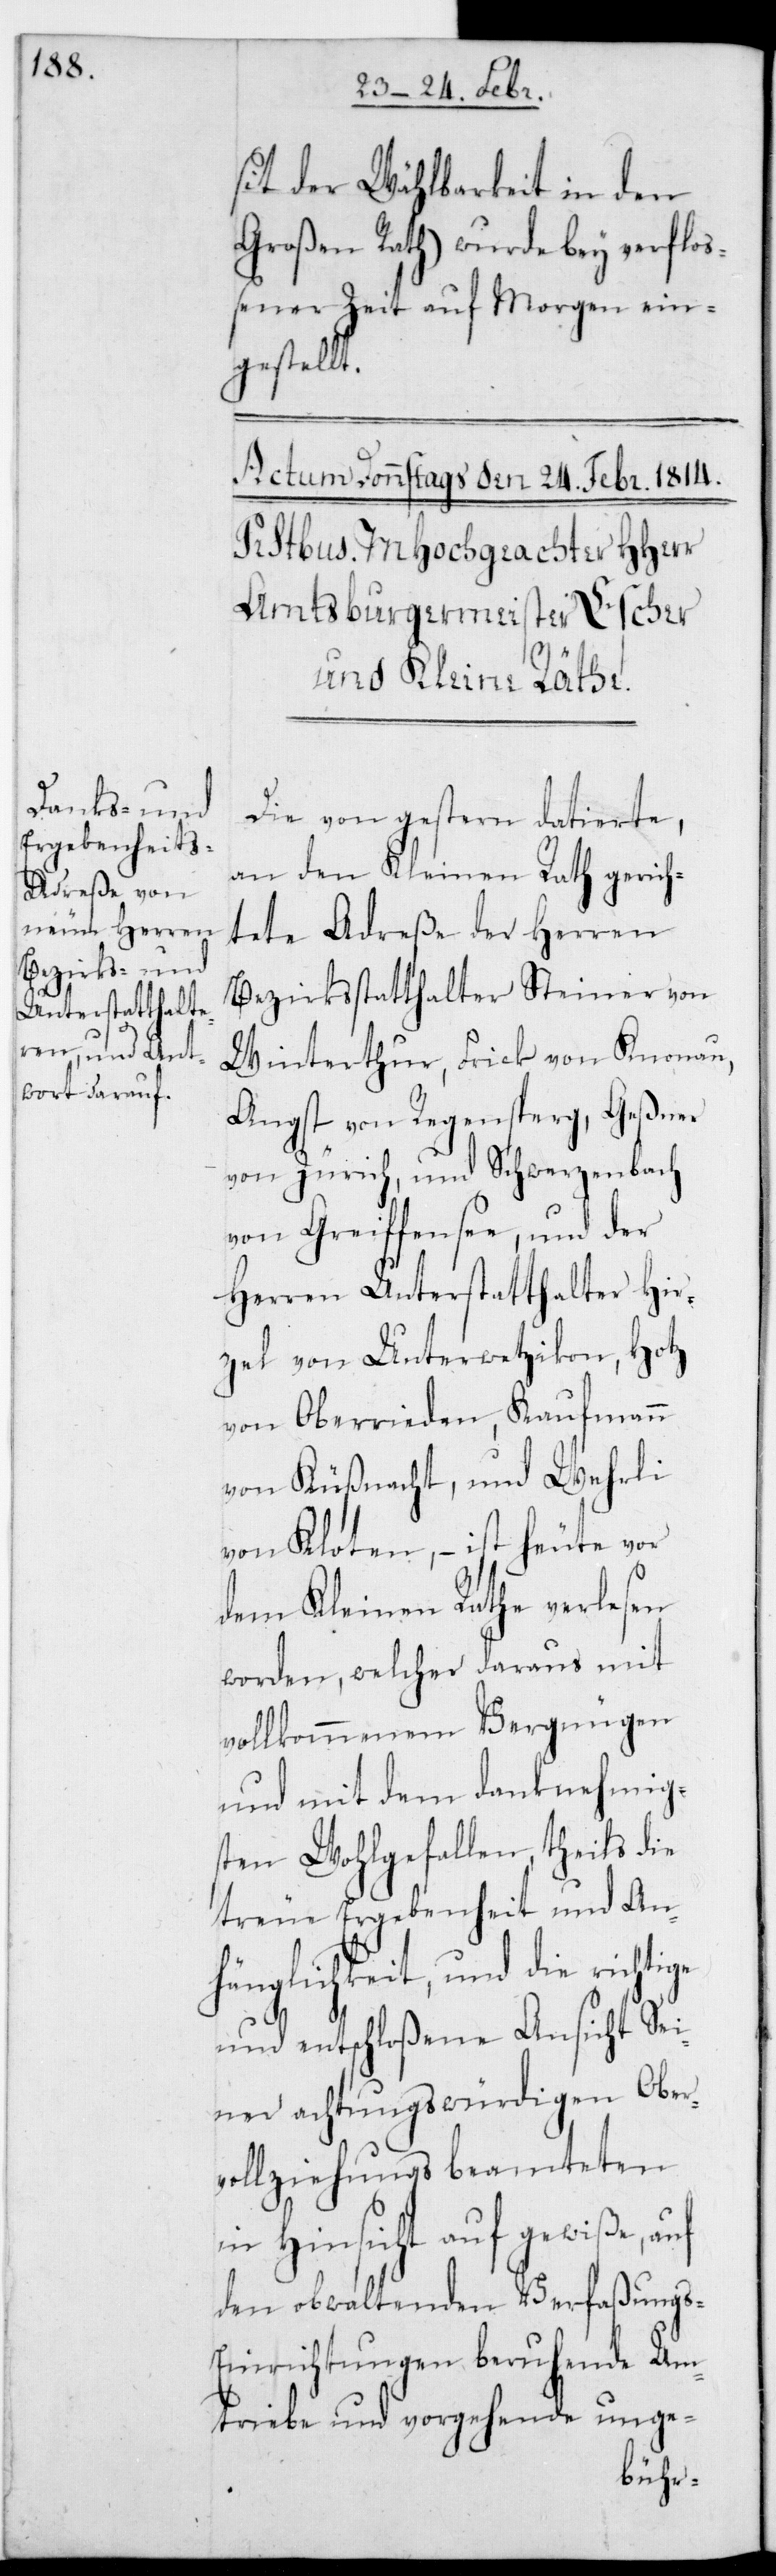
sit der Wählbarkeit in den
Großen Rath) wurde bey verfloß¬
ener Zeit auf morgen ein¬
gestellt.
Die von gestern datierte,
an den Kleinen Rath gerich¬
tete Adreße der Herren
Bezirksstatthalter Steiner von
Winterthur, Frick von Knonau,
Angst von Regensberg, Geßner
von Zürich und Schwerzenbach
von Greiffensee; und der
Herren Unterstatthalter Hir¬
zel von Unterwetzikon, Hotz
von Oberrieden, Kaufmann
von Küßnacht und Wehrli
von Kloten, – ist heute vor
dem Kleinen Rath verlesen
worden, welcher daraus mit
vollkommenem Vergnügen
und mit dem danknehmig¬
sten Wohlgefallen, theils die
treue Ergebenheit und An¬
hänglichkeit, und die richtige
und entschloßene Ansicht sei¬
ner achtungswürdigen Ober¬
vollziehungs-Beamteten
in Hinsicht auf gewiße, auf
den obwaltenden Verfaßung¬
s-Einrichtungen beruhende Um¬
triebe und vorgehende unge-